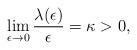
LaTeX: \begin{align*}\lim_{\epsilon \rightarrow 0} \frac{\lambda(\epsilon)}{\epsilon}=\kappa>0,\end{align*}